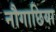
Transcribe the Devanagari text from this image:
नौगाछिया